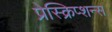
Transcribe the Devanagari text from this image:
प्रेस्क्रिप्शन्स